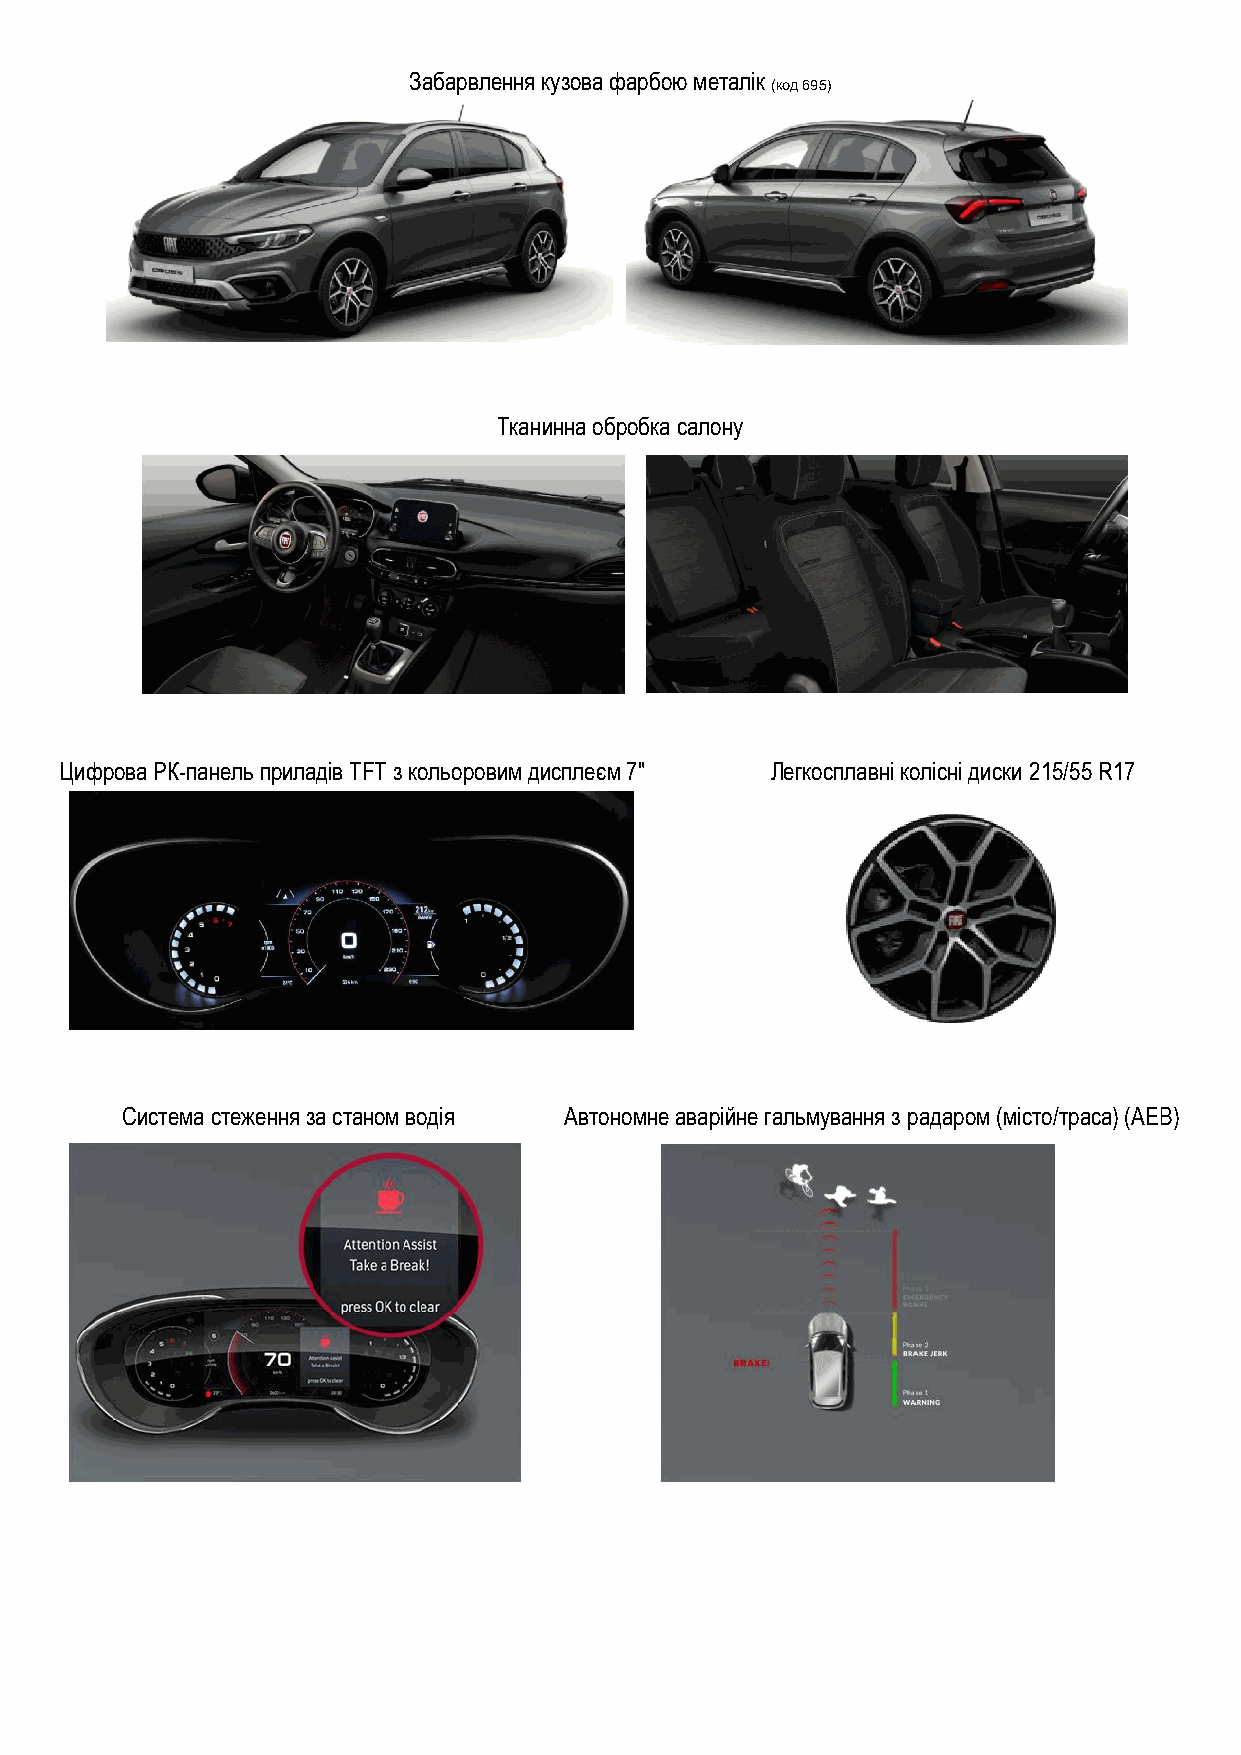
Забарвлення кузова фарбою металік
 (код 695)
 Тканинна обробка салону
 Цифрова РК-панель приладів TFT з кольоровим дисплеєм 7" Легкосплавні колісні диски 215/55 R17
 Система стеження за станом водія Автономне аварійне гальмування з радаром (місто/траса) (AEB)